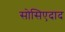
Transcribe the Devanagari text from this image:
सोसिएदाद